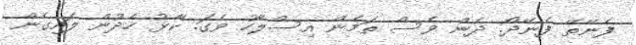
ފެނޭތޭ ފެނޭދޯ. ދެން ވެސް ތަމެން އިސްލާހު ވެގަ. ކާޅު ހެދުން ލައިގެން